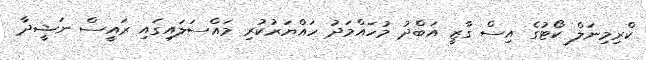
ކްރިމިނަލް ކޯޓުގެ އިސް ގާޒީ އަބްދު މުހައްމަދު ހައްޔަރުކުރި މައްސަލައިގައި ރައީސް ނަޝީދާ